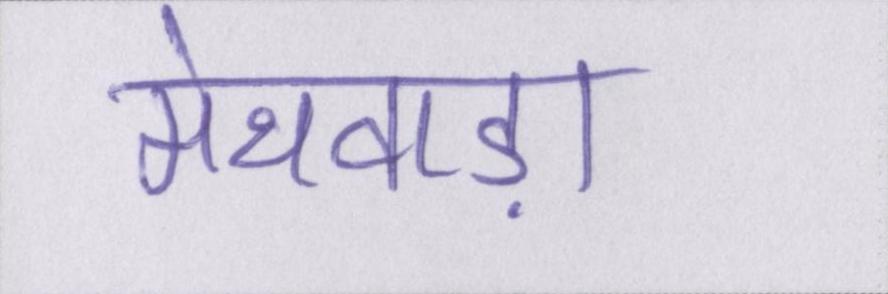
मेथवाड़ा